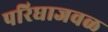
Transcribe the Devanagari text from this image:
परिघाजवळ